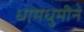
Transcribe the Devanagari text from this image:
धामधुमीने